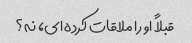
قبلاً او را ملاقات کرده ای، نه؟